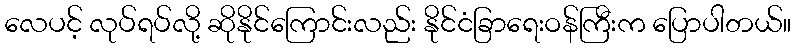
လေပင့် လုပ်ရပ်လို့ ဆိုနိုင်ကြောင်းလည်း နိုင်ငံခြာရေးဝန်ကြီးက ပြောပါတယ်။